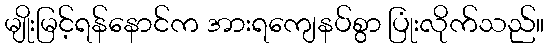
မျိုးမြင့်ရန်နောင်က အားရကျေနပ်စွာ ပြုံးလိုက်သည်။